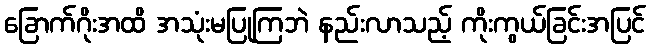
ခြောက်ဂိုးအထိ အသုံးမပြုကြဘဲ နည်းလာသည့် ကိုးကွယ်ခြင်းအပြင်